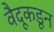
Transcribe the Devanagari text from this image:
वैदूकडून